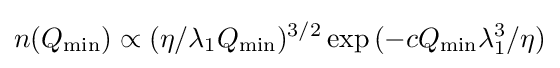
n(Q_{\min })\propto (\eta /\lambda _{1}Q_{\min })^{3/2}\exp {(-cQ_{\min }\lambda _{1}^{3}/\eta )}